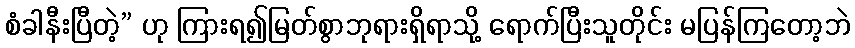
စံခါနီးပြီတဲ့” ဟု ကြားရ၍မြတ်စွာဘုရားရှိရာသို့ ရောက်ပြီးသူတိုင်း မပြန်ကြတော့ဘဲ